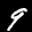
Label: 9